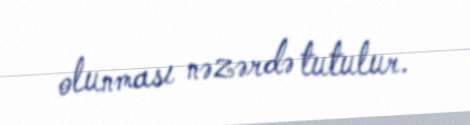
olunması nəzərdə tutulur.